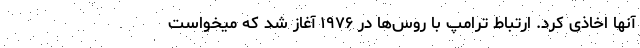
آنها اخاذی کرد. ارتباط ترامپ با روس‌ها در ۱۹۷۶ آغاز شد که میخواست